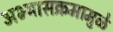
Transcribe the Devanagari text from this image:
अभ्यासक्रमामुळे